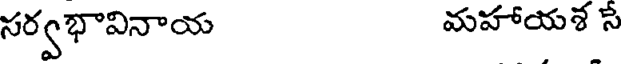
సర్వభావినాయ మహాయళ స